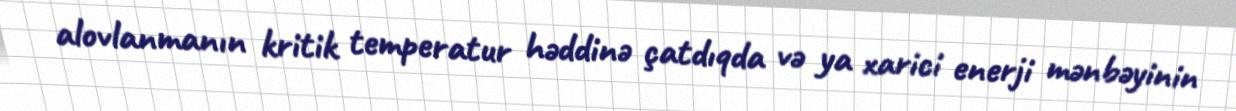
alovlanmanın kritik temperatur həddinə çatdıqda və ya xarici enerji mənbəyinin